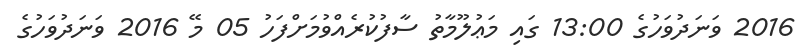
2016 ވަނަދުވަހުގެ 13:00 ގައި މަޢުލޫމާތު ސާފުކުރެއްވުމަށްފަހު 05 މޭ 2016 ވަނަދުވަހުގެ